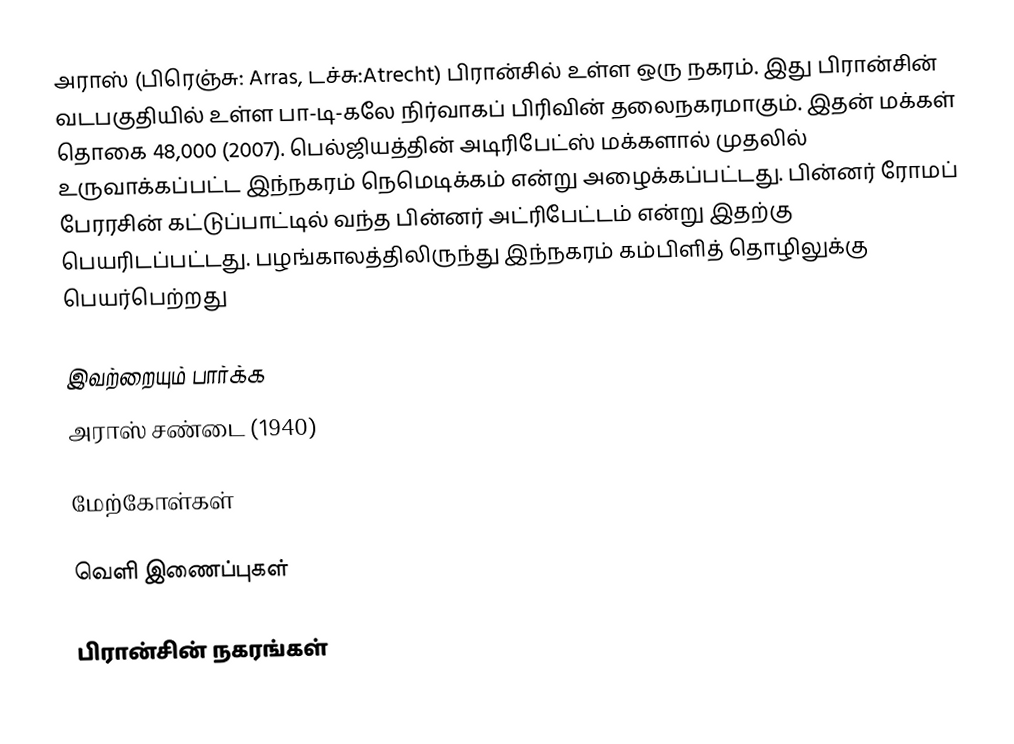
அராஸ் (பிரெஞ்சு: Arras, டச்சு:Atrecht) பிரான்சில் உள்ள ஒரு  நகரம். இது பிரான்சின் வடபகுதியில் உள்ள பா-டி-கலே நிர்வாகப் பிரிவின் தலைநகரமாகும். இதன் மக்கள் தொகை 48,000 (2007). பெல்ஜியத்தின் அடிரிபேட்ஸ் மக்களால் முதலில் உருவாக்கப்பட்ட இந்நகரம் நெமெடிக்கம் என்று அழைக்கப்பட்டது. பின்னர் ரோமப் பேரரசின் கட்டுப்பாட்டில் வந்த பின்னர் அட்ரிபேட்டம் என்று இதற்கு பெயரிடப்பட்டது. பழங்காலத்திலிருந்து இந்நகரம் கம்பிளித் தொழிலுக்கு பெயர்பெற்றது

இவற்றையும் பார்க்க
அராஸ் சண்டை (1940)

மேற்கோள்கள்

வெளி இணைப்புகள்

பிரான்சின் நகரங்கள்